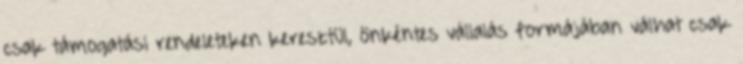
csak támogatási rendeleteken keresztül, önkéntes vállalás formájában válhat csak